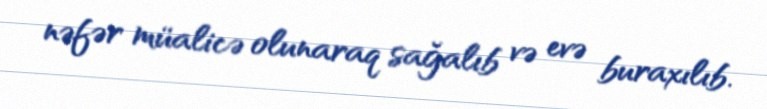
nəfər müalicə olunaraq sağalıb və evə buraxılıb.